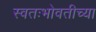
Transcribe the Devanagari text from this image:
स्वतःभोवतीच्या